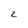
Character: 2